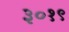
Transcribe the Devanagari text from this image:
३०१९